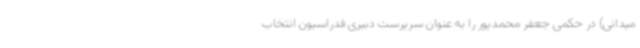
میدانی) در حکمی جعفر محمدپور را به عنوان سرپرست دبیری فدراسیون انتخاب